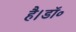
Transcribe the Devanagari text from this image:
है।डॉ॰